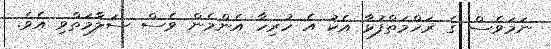
ނަމަވެސް ގެ ރަހްމަތްފުޅާ އެކު އެ ހުރިހާ އެންމެން ވެސް ސަލާމަތްވި އެވެ.